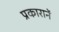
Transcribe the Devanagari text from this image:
प्रकारानें